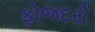
ફોજદરી